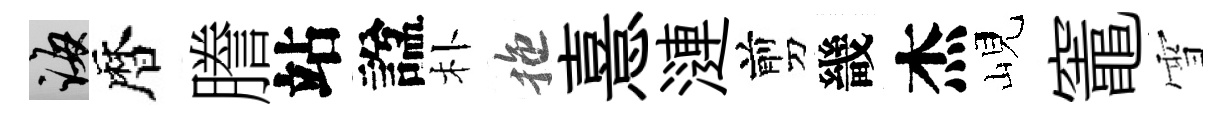
誨暦謄站諡朴拖憙漣剪畿杰峴竈雪